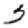
Digit: 5